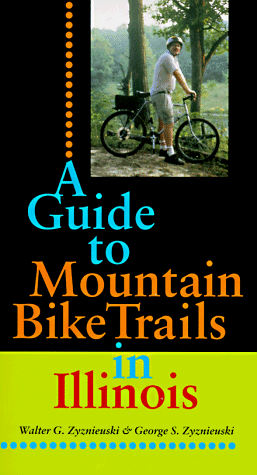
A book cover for A Guide to Mountain Bike Trails in Illinois; George S. Zyznieuski; Travel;